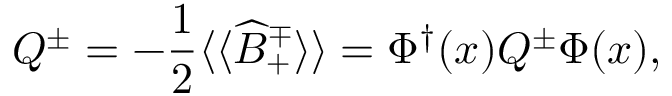
{ \cal Q } ^ { \pm } = - \frac { 1 } { 2 } \langle \langle \widehat { \cal B } _ { + } ^ { \mp } \rangle \rangle = \Phi ^ { \dagger } ( x ) Q ^ { \pm } \Phi ( x ) ,